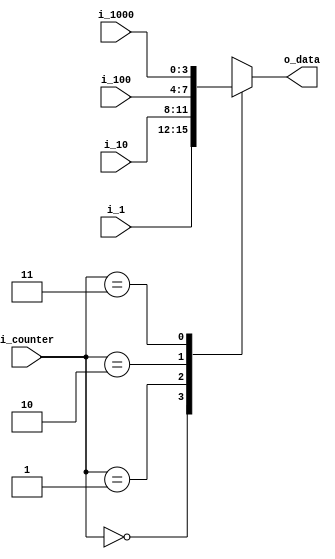
`timescale 1ns / 1ps

module MUX4(
    input [3:0] i_1000, i_100, i_10, i_1,
    input [1:0] i_counter,

    output [3:0] o_data
    );

    reg [3:0] r_data;
    assign o_data = r_data;

    always @(*) begin
        case (i_counter)    
            2'b00: r_data = i_1;
            2'b01: r_data = i_10;
            2'b10: r_data = i_100;
            2'b11: r_data = i_1000;
        endcase
        
    end     

endmodule